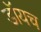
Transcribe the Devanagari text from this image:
डॉयच